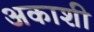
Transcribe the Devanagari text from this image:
अकाशी